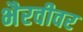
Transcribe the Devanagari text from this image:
भैरवीवर